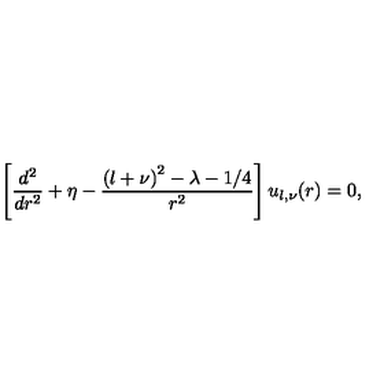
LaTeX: \left[ \frac { d ^ { 2 } } { d r ^ { 2 } } + \eta - \frac { \left( l + \nu \right) ^ { 2 } - \lambda - 1 / 4 } { r ^ { 2 } } \right] u _ { l , \nu } ( r ) = 0 ,